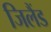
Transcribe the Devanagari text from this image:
जिलैंड